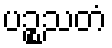
ပဉ္စသတံ